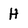
Character: H